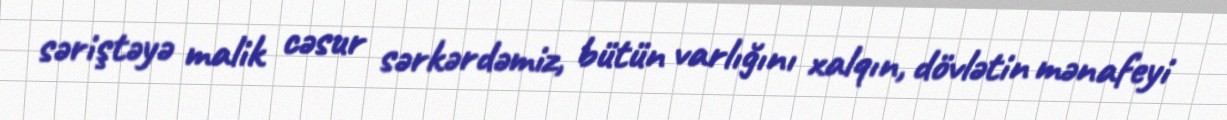
səriştəyə malik cəsur sərkərdəmiz, bütün varlığını xalqın, dövlətin mənafeyi